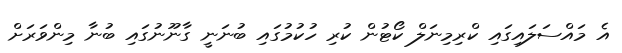
އެ މައްސަލައިގައި ކްރިމިނަލް ކޯޓުން ކުރި ހުކުމުގައި ބުނަނީ ގާނޫނުގައި ބުނާ މިންވަރަށް